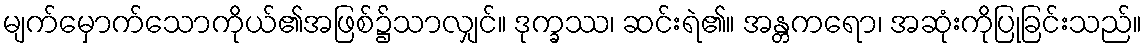
မျက်မှောက်သောကိုယ်၏အဖြစ်၌သာလျှင်။ ဒုက္ခဿ၊ ဆင်းရဲ၏။ အန္တကရော၊ အဆုံးကိုပြုခြင်းသည်။